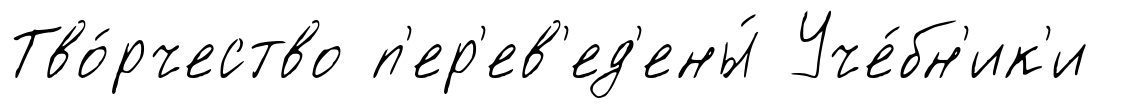
Тво́рчество п'ер'ев'ед'ены́ Уче́бн'ик'и